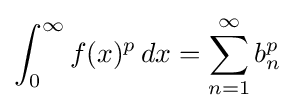
\int _{0}^{\infty }f(x)^{p}\,dx=\sum _{n=1}^{\infty }b_{n}^{p}